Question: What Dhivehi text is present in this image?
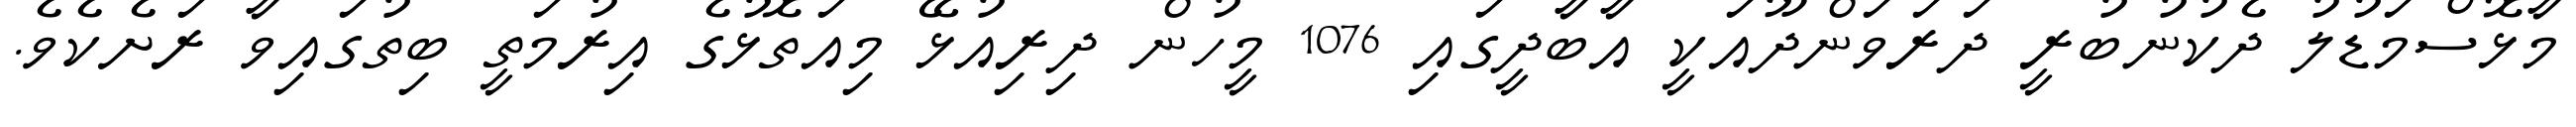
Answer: މާޅޮސްމަޑުލު ދެކުނުބުރީ ދަރަވަންދޫއަކީ އާބާދީގައި 1076 މީހުން ދިރިއުޅޭ މިއަތޮޅުގެ އިރުމަތީ ބިތުގައިވާ ރަށެކެވެ.